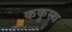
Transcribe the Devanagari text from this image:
ककुस्थ